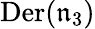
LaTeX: {\mathrm{Der}}({\mathfrak{n}}_{3})